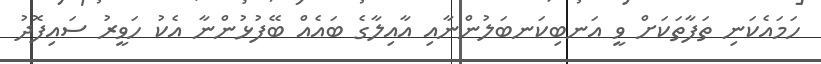
ހަމައެކަނި ތަފާތަކަށް ވީ އަނބިކަނބަލުންނާއި އާއިލާގެ ބައެއް ބޭފުޅުންނާ އެކު ހަވީރު ސައިފޮދު